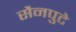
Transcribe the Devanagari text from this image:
सैनपुटे